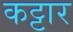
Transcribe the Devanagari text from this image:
कट्टार